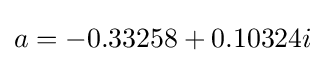
a=-0.33258+0.10324i